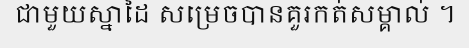
ជាមួយស្នាដៃ សម្រេចបានគួរកត់សម្គាល់ ។